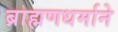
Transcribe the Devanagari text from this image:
ब्राह्मणधर्माने